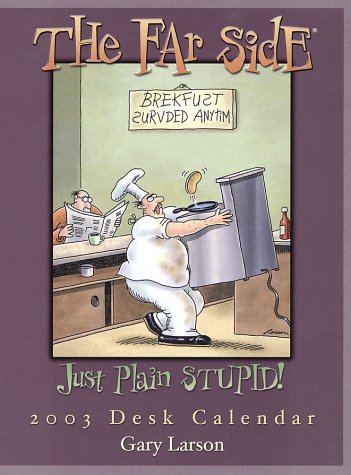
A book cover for Far Side Desk Calendar: 2003 (Desk Calendar); Gary Larson; Calendars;